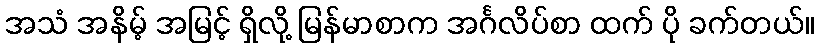
အသံ အနိမ့် အမြင့် ရှိလို့ မြန်မာစာက အင်္ဂလိပ်စာ ထက် ပို ခက်တယ်။